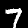
Digit: 7